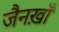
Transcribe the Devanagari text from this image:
जैनख़ाँ